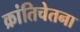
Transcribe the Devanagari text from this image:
क्रांतिचेतना